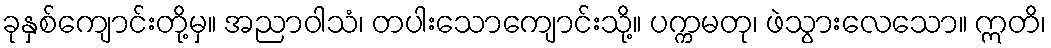
ခုနှစ်ကျောင်းတို့မှ။ အညာဝါသံ၊ တပါးသောကျောင်းသို့။ ပက္ကမတု၊ ဖဲသွားလေသော။ ဣတိ၊